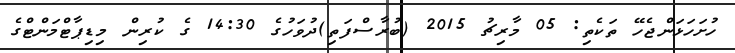
ހުށަހަޅަންޖެހޭ ތަކެތި: 05 މާރިޗު 2015 (ބުރާސްފަތި)ދުވަހުގެ 14:30 ގެ ކުރިން މިޑިޕާޓްމަންޓްގެ